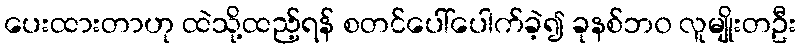
ပေးထားတာဟု ထဲသို့ထည့်ရန် စတင်ပေါ်ပေါက်ခဲ့၍ ခုနစ်ဘ၀ လူမျိုးတဦး